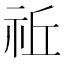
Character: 𥙂